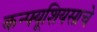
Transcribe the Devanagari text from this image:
कन्फ्यूशियसाचे